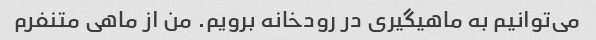
می‌توانیم به ماهیگیری در رودخانه برویم. من از ماهی متنفرم